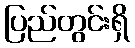
ပြည်တွင်းရှိ